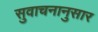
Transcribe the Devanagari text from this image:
सुवाचनानुसार